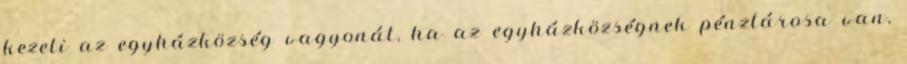
kezeli az egyházközség vagyonát, ha az egyházközségnek pénztárosa van,